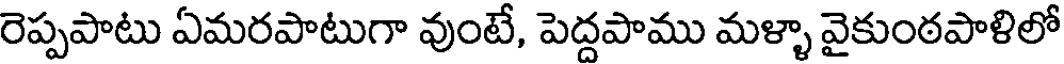
రెప్పపాటు ఏమరపాటుగా వుంటే, పెద్దపాము మళ్ళా వైకుంఠపాళిలో